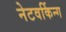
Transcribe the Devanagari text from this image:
नेटवर्किन्ग